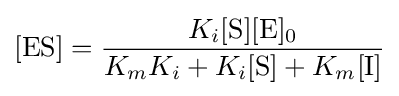
[{\mathrm {ES} }]={\frac {K_{i}[{\ce {S}}][{\ce {E}}]_{0}}{K_{m}K_{i}+K_{i}[{\ce {S}}]+K_{m}[{\ce {I}}]}}